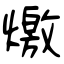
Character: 燩